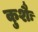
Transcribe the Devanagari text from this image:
कुशैः